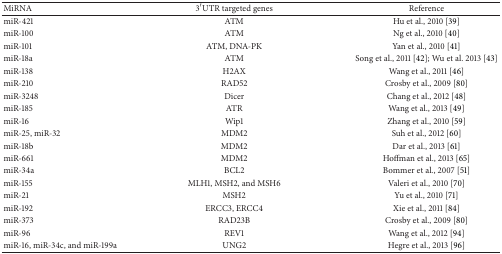
<table><thead><tr><td><b>MiRNA</b></td><td><b>3′UTR targeted genes</b></td><td><b>Reference</b></td></tr></thead><tbody><tr><td>miR-421</td><td>ATM</td><td>Hu et al., 2010 [39]</td></tr><tr><td>miR-100</td><td>ATM</td><td>Ng et al., 2010 [40]</td></tr><tr><td>miR-101</td><td>ATM, DNA-PK</td><td>Yan et al., 2010 [41]</td></tr><tr><td>miR-18a</td><td>ATM</td><td>Song et al., 2011 [42]; Wu et al. 2013 [43]</td></tr><tr><td>miR-138</td><td>H2AX</td><td>Wang et al., 2011 [46]</td></tr><tr><td>miR-210</td><td>RAD52</td><td>Crosby et al., 2009 [80]</td></tr><tr><td>miR-3248</td><td>Dicer</td><td>Chang et al., 2012 [48]</td></tr><tr><td>miR-185</td><td>ATR</td><td>Wang et al., 2013 [49]</td></tr><tr><td>miR-16</td><td>Wip1</td><td>Zhang et al., 2010 [59]</td></tr><tr><td>miR-25, miR-32</td><td>MDM2</td><td>Suh et al., 2012 [60]</td></tr><tr><td>miR-18b</td><td>MDM2</td><td>Dar et al., 2013 [61]</td></tr><tr><td>miR-661</td><td>MDM2</td><td>Hoffman et al., 2013 [65]</td></tr><tr><td>miR-34a</td><td>BCL2</td><td>Bommer et al., 2007 [51]</td></tr><tr><td>miR-155</td><td>MLH1, MSH2, and MSH6</td><td>Valeri et al., 2010 [70]</td></tr><tr><td>miR-21</td><td>MSH2</td><td>Yu et al., 2010 [71]</td></tr><tr><td>miR-192</td><td>ERCC3, ERCC4</td><td>Xie et al., 2011 [84]</td></tr><tr><td>miR-373</td><td>RAD23B</td><td>Crosby et al., 2009 [80]</td></tr><tr><td>miR-96</td><td>REV1</td><td>Wang et al., 2012 [94]</td></tr><tr><td>miR-16, miR-34c, and miR-199a</td><td>UNG2</td><td>Hegre et al., 2013 [96]</td></tr></tbody></table>